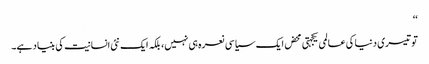
‘‘
تو تیسری دنیا کی عالمی یکجہتی محض ایک سیاسی نعرہ ہی نہیں، بلکہ ایک نئی انسانیت کی بنیاد ہے۔